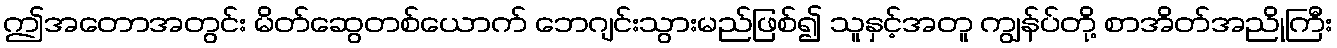
ဤအတောအတွင်း မိတ်ဆွေတစ်ယောက် ဘေဂျင်းသွားမည်ဖြစ်၍ သူနှင့်အတူ ကျွန်ပ်တို့ စာအိတ်အညိုကြီး